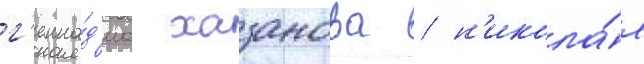
г'енна́д'иа хазанова / н'икола́я